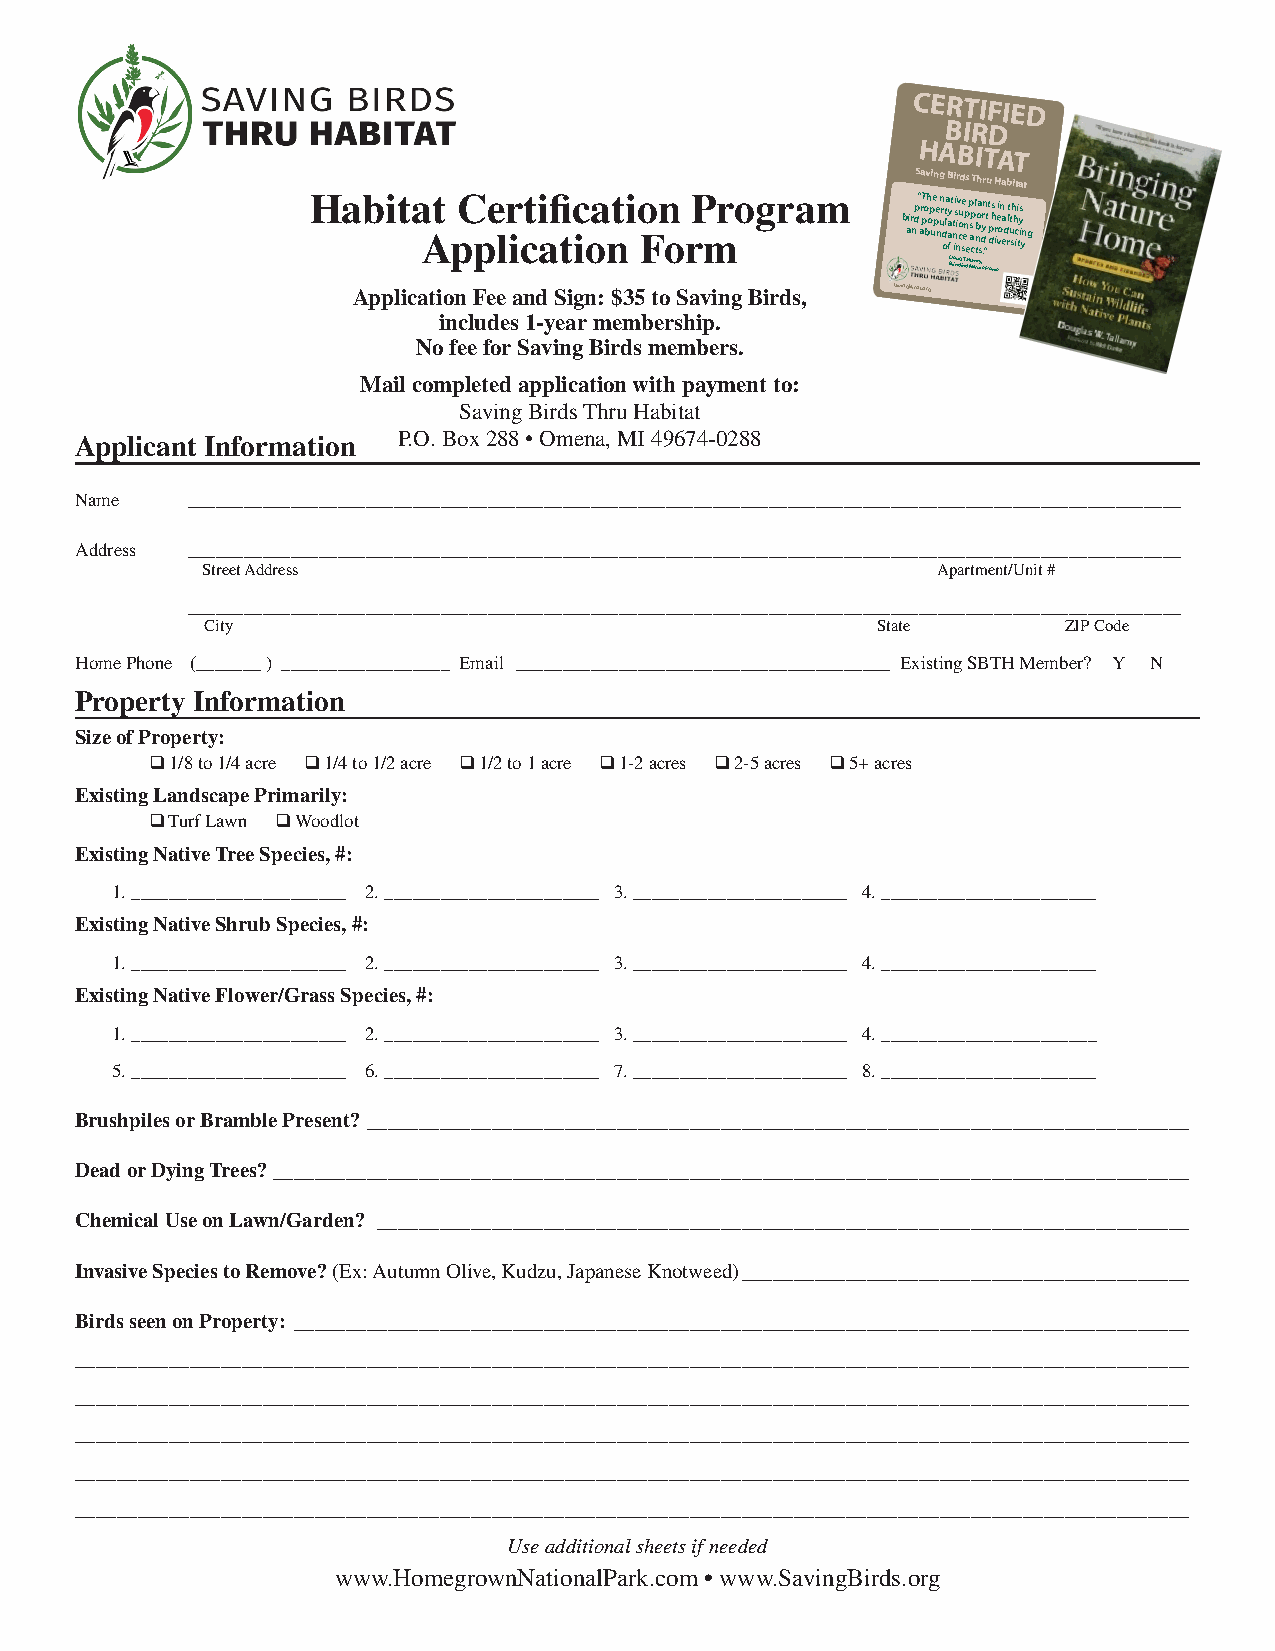
CERTIFIED
 BIRD
 HABITAT
 Saving Birds Thru Habitat
 Habita  At pC pe lr icti afi tc ioa nti o Fn o rP mrogram b air ndp“ a r pT o bh op ue pe n un r d ot la a ay ft t n ii s i nv o cu se enp
 e
 p s ap
 c
 l n tboa sdyrn .”t t dp hs ir vei on ea d rlt ut sh h ici ty is yn g
 BD roinu gg in T ga l Nla amtuy r, e Home
 Application Fee and Sign: $35 to Saving Birds, savingbirds.org
 includes 1-year membership.
 No fee for Saving Birds members.
 Mail completed application with payment to:
 Saving Birds Thru Habitat
 Applicant Information P.O. Box 288 • Omena, MI 49674-0288
 Name   __________________________________________________________________________________________________________
 Address __________________________________________________________________________________________________________
 Street Address                                   Apartment/Unit #
 __________________________________________________________________________________________________________
 City                                        State       ZIP Code
 Home Phone (_______ ) __________________ Email ________________________________________ Existing SBTH Member? Y N
 Property Information
 Size of Property:
 ❑ 1/8 to 1/4 acre ❑ 1/4 to 1/2 acre ❑ 1/2 to 1 acre ❑ 1-2 acres ❑ 2-5 acres ❑ 5+ acres
 Existing Landscape Primarily:
 ❑ Turf Lawn ❑ Woodlot
 Existing Native Tree Species, #:
 1. _______________________ 2. _______________________ 3. _______________________ 4. _______________________
 Existing Native Shrub Species, #:
 1. _______________________ 2. _______________________ 3. _______________________ 4. _______________________
 Existing Native Flower/Grass Species, #:
 1. _______________________ 2. _______________________ 3. _______________________ 4. _______________________
 5. _______________________ 6. _______________________ 7. _______________________ 8. _______________________
 Brushpiles or Bramble Present? _______________________________________________________________________________
 Dead or Dying Trees? ________________________________________________________________________________________
 Chemical Use on Lawn/Garden? ______________________________________________________________________________
 Invasive Species to Remove? (Ex: Autumn Olive, Kudzu, Japanese Knotweed) ___________________________________________
 Birds seen on Property: ______________________________________________________________________________________
 ___________________________________________________________________________________________________________
 ___________________________________________________________________________________________________________
 ___________________________________________________________________________________________________________
 ___________________________________________________________________________________________________________
 ___________________________________________________________________________________________________________
 Use additional sheets if needed
 www.HomegrownNationalPark.com • www.SavingBirds.org